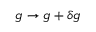
g \to g + \delta g